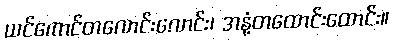
ယင်ကောင်တလောင်းလောင်း၊ အနံ့တထောင်းထောင်း။